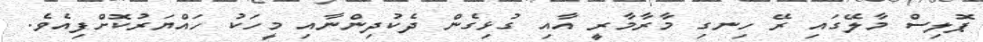
ޕޮލިސް މާލޭގައި ރޭ ހިނގި މާރާމާރީ އާއި ގުޅިގެން ދެކުދިންނާއި މީހަކު ހައްޔަރުކޮށްފިއެވެ.